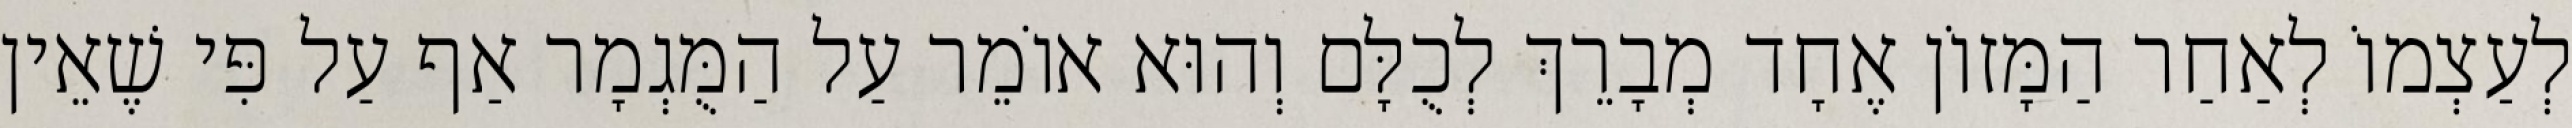
לְעַצְמוֹ לְאַחַר הַמָּזוֹן אֶחָד מְבָרֵךְ לְכֻלָּם וְהוּא אוֹמֵר עַל הַמֻּגְמָר אַף עַל פִּי שֶׁאֵין